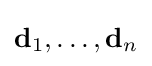
\mathbf {d} _{1},\ldots ,\mathbf {d} _{n}